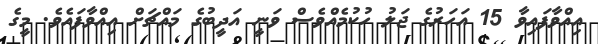
އިއްވާފައިވާ 15 އަހަރުގެ ޖަލު ހުކުމެއްވެސް ވަނީ އަދީބުގެ މައްޗަށް އިއްވާފައެވެ. މީގެ